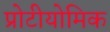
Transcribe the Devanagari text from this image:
प्रोटीयोमिक